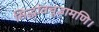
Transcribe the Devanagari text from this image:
सिद्धांतचूड़ामणि।